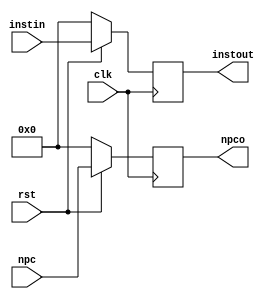
`timescale 1ns / 1ps
//////////////////////////////////////////////////////////////////////////////////
// Company: 
// Engineer: 
// 
// Design Name: 
// Module Name:    Buf_IFID 
// Project Name: 
// Target Devices: 
// Tool versions: 
// Description: 
//
// Dependencies: 
//
// Revision: 
// Revision 0.01 - File Created
// Additional Comments: 
//
//////////////////////////////////////////////////////////////////////////////////
module Buf_IFID(input clk, input rst, input [31:0]npc, input [31:0]instin, output reg [31:0]npco, output reg [31:0]instout
    );
always@(posedge clk)
if(!rst)
begin
npco <= 0;
instout <= 0;
end
else
begin
npco <= npc;
instout <= instin;
end
endmodule